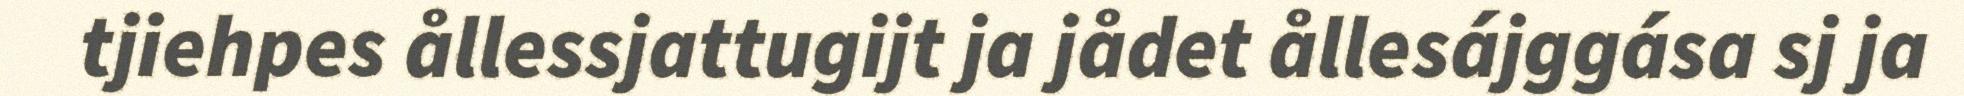
tjiehpes ållessjattugijt ja jådet ållesájggása sj ja